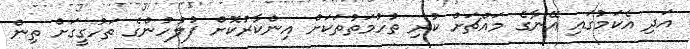
އަދި އެކަމުގައި އޭނާގެ މައްޗަށް ކުރި ތުހުމަތުތަކަށް އިންކާރުކޮށް ފުލުހުންގެ ތަހުގީގަށް ތިން